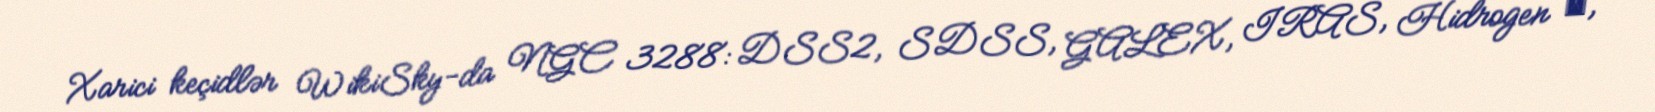
Xarici keçidlər WikiSky-da NGC 3288: DSS2, SDSS, GALEX, IRAS, Hidrogen α,